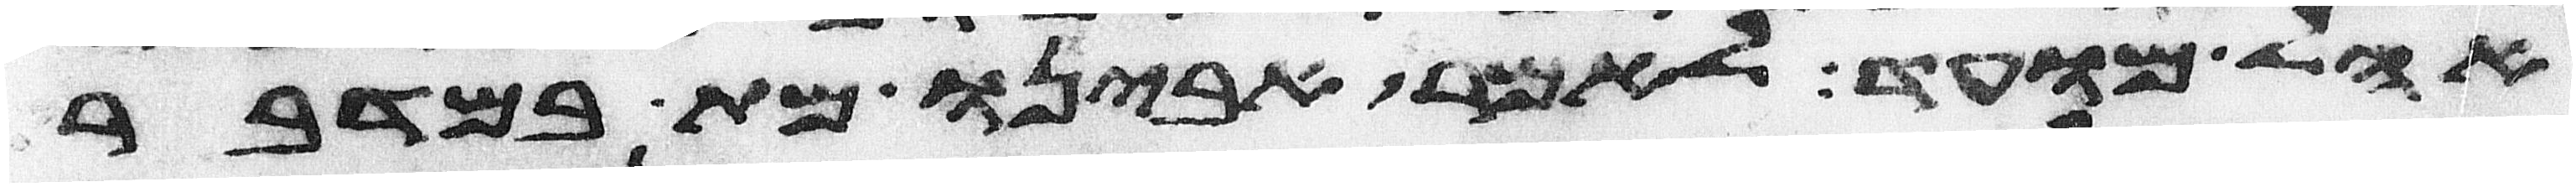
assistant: אהל מועד לאמר אבינו מת במדבר